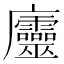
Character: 𢌔